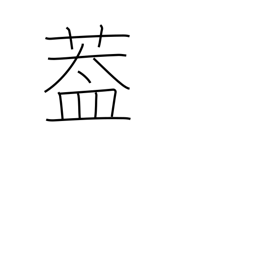
Meaning: flap